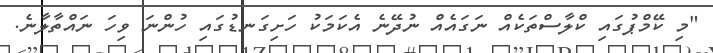
"މި ކޭމްޕުގައި ކްލާސްތަކެއް ނަގައެއް ނުދޭނެ އެކަމަކު ހަށިގަނޑުގައި ހުންނަ ވިހަ ނައްތާލާނެ.